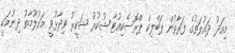
މިއަދު ދައުލަތުގެ ފަރާތުން ޕަބްލިކް ޕްރޮސެކިއުޓާ ޝުކުރު ޝަކީރު ވިދާޅުވީ މައުލޫމާތު ދިނުމަކީ